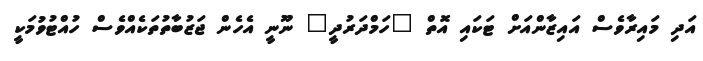
އަދި މައިރާވެސް އައިޒާންއަށް ޓަކައި އޮތް "ހަމްދަރުދީ" ނޫނީ އެހެން ޖަޒުބާތުތަކެއްވެސް ހުއްޓުވުމަކީ